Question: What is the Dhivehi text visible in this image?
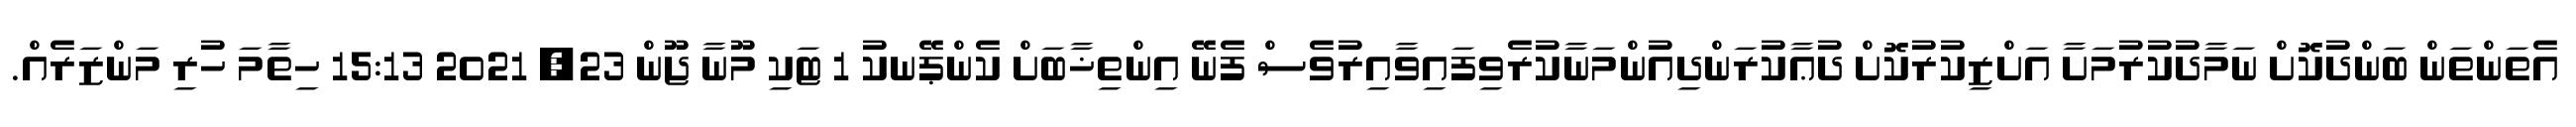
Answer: އެތަންތަން ބަންދުކޮށް ނަމާދުކުރުމަށާ އަށްޒިކުރުކޮށް ދުޢާކުރަންދިއުންމަނާކުރެވިފައިވާއިރުވެސް ފެނޭ އިންތިޚާބަށް ކެންޕޭނކު 1 ޓަކި މޫނާ ޖޫން 23, 2021 15:13 ހިތާމަ ހުރި މަންޒަރެއް.